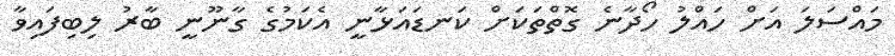
މައްސަލަ އަށް ހައްލު ހޯދާނެ ގޮތްތަކަށް ކަނޑައަޅާނީ އެކަމުގެ ގާނޫނީ ބާރު ލިބިފައިވާ